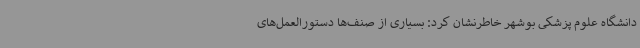
دانشگاه علوم پزشکی بوشهر خاطرنشان کرد: بسیاری از صنف‌ها دستورالعمل‌های